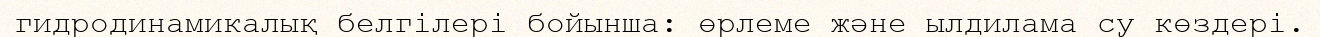
гидродинамикалық белгілері бойынша: өрлеме және ылдилама су көздері.